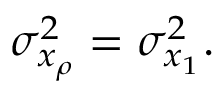
\sigma _ { x _ { \rho } } ^ { 2 } = \sigma _ { x _ { 1 } } ^ { 2 } .